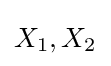
X_{1},X_{2}